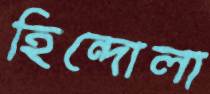
হিন্দোলা